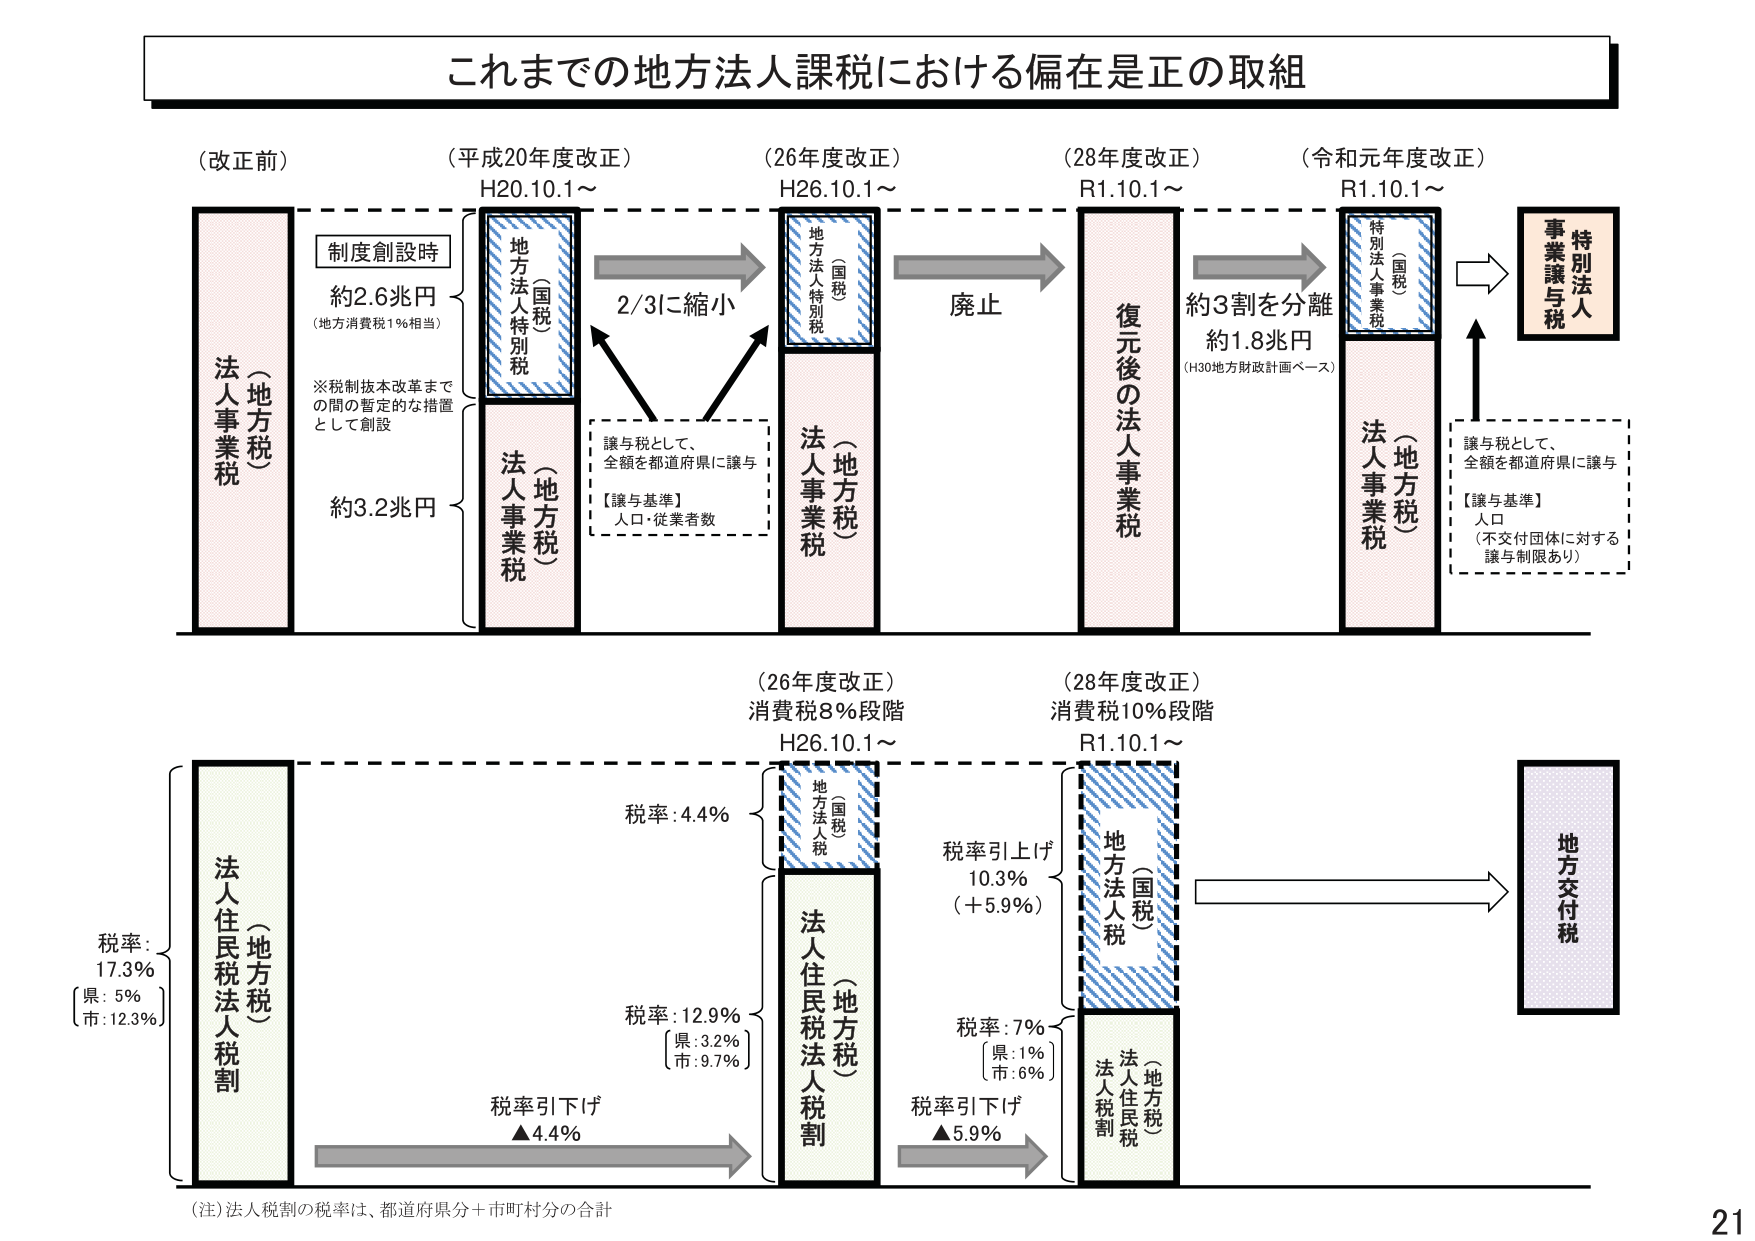
これまでの地方法人課税における偏在是正の取組

（改正前）
（平成20年度改正）
H20.10.1～
（26年度改正）
H26.10.1～
（28年度改正）
R1.10.1～
（令和元年度改正）
R1.10.1～

（地方税）
法人事業税

制度創設時
約2.6兆円
（地方消費税1％相当）

※税制抜本改革まで
の間の暫定的な措置
として創設

（国税）
地方法人特別税

2/3に縮小

（地方税）
法人事業税

約3.2兆円

譲与税として、
全額を都道府県に譲与
【譲与基準】
人口・従業者数

廃止

復元後の法人事業税

約3割を分離
約1.8兆円
（H30地方財政計画ベース）

（国税）
特別法人事業税

（地方税）
法人事業税

譲与税として、
全額を都道府県に譲与
【譲与基準】
人口
（不交付団体に対する
譲与制限あり）

特別法人
事業譲与税

（26年度改正）
消費税8％段階
H26.10.1～

（28年度改正）
消費税10％段階
R1.10.1～

（地方税）
法人住民税法人税割

税率：17.3％
〔県：5％
市：12.3％〕

税率：4.4％

（国税）
地方法人税

税率：12.9％
〔県：3.2％
市：9.7％〕

税率引下げ
▲4.4％

税率引上げ
10.3％
（＋5.9％）

（国税）
地方法人税

税率：7％
〔県：1％
市：6％〕

税率引下げ
▲5.9％

（地方税）
法人住民税
法人税割

地方交付税

（注）法人税割の税率は、都道府県分＋市町村分の合計

21